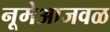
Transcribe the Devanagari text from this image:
नूमेआजवळ